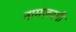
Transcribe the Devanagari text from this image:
नामज़दगी